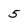
Character: 5